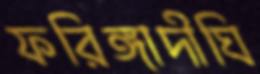
ফরিঙ্গাদীঘি